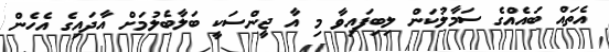
އެތައް ބައެއްގެ ސަމާލުކަން ލިބިފައިވާ މި އާ ޖީންސަކީ ބަލާބެލުމަށް އާދައިގެ އެހެން